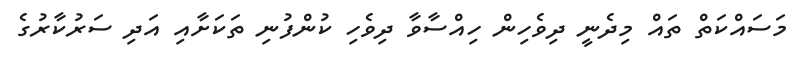
މަސައްކަތް ތައް މިދެނީ ދިވެހިން ހިއްސާވާ ދިވެހި ކުންފުނި ތަކަށާއި އަދި ސަރުކާރުގެ